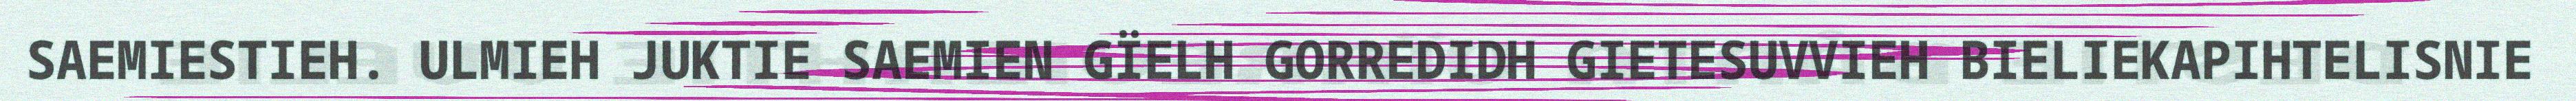
SAEMIESTIEH. ULMIEH JUKTIE SAEMIEN GÏELH GORREDIDH GIETESUVVIEH BIELIEKAPIHTELISNIE